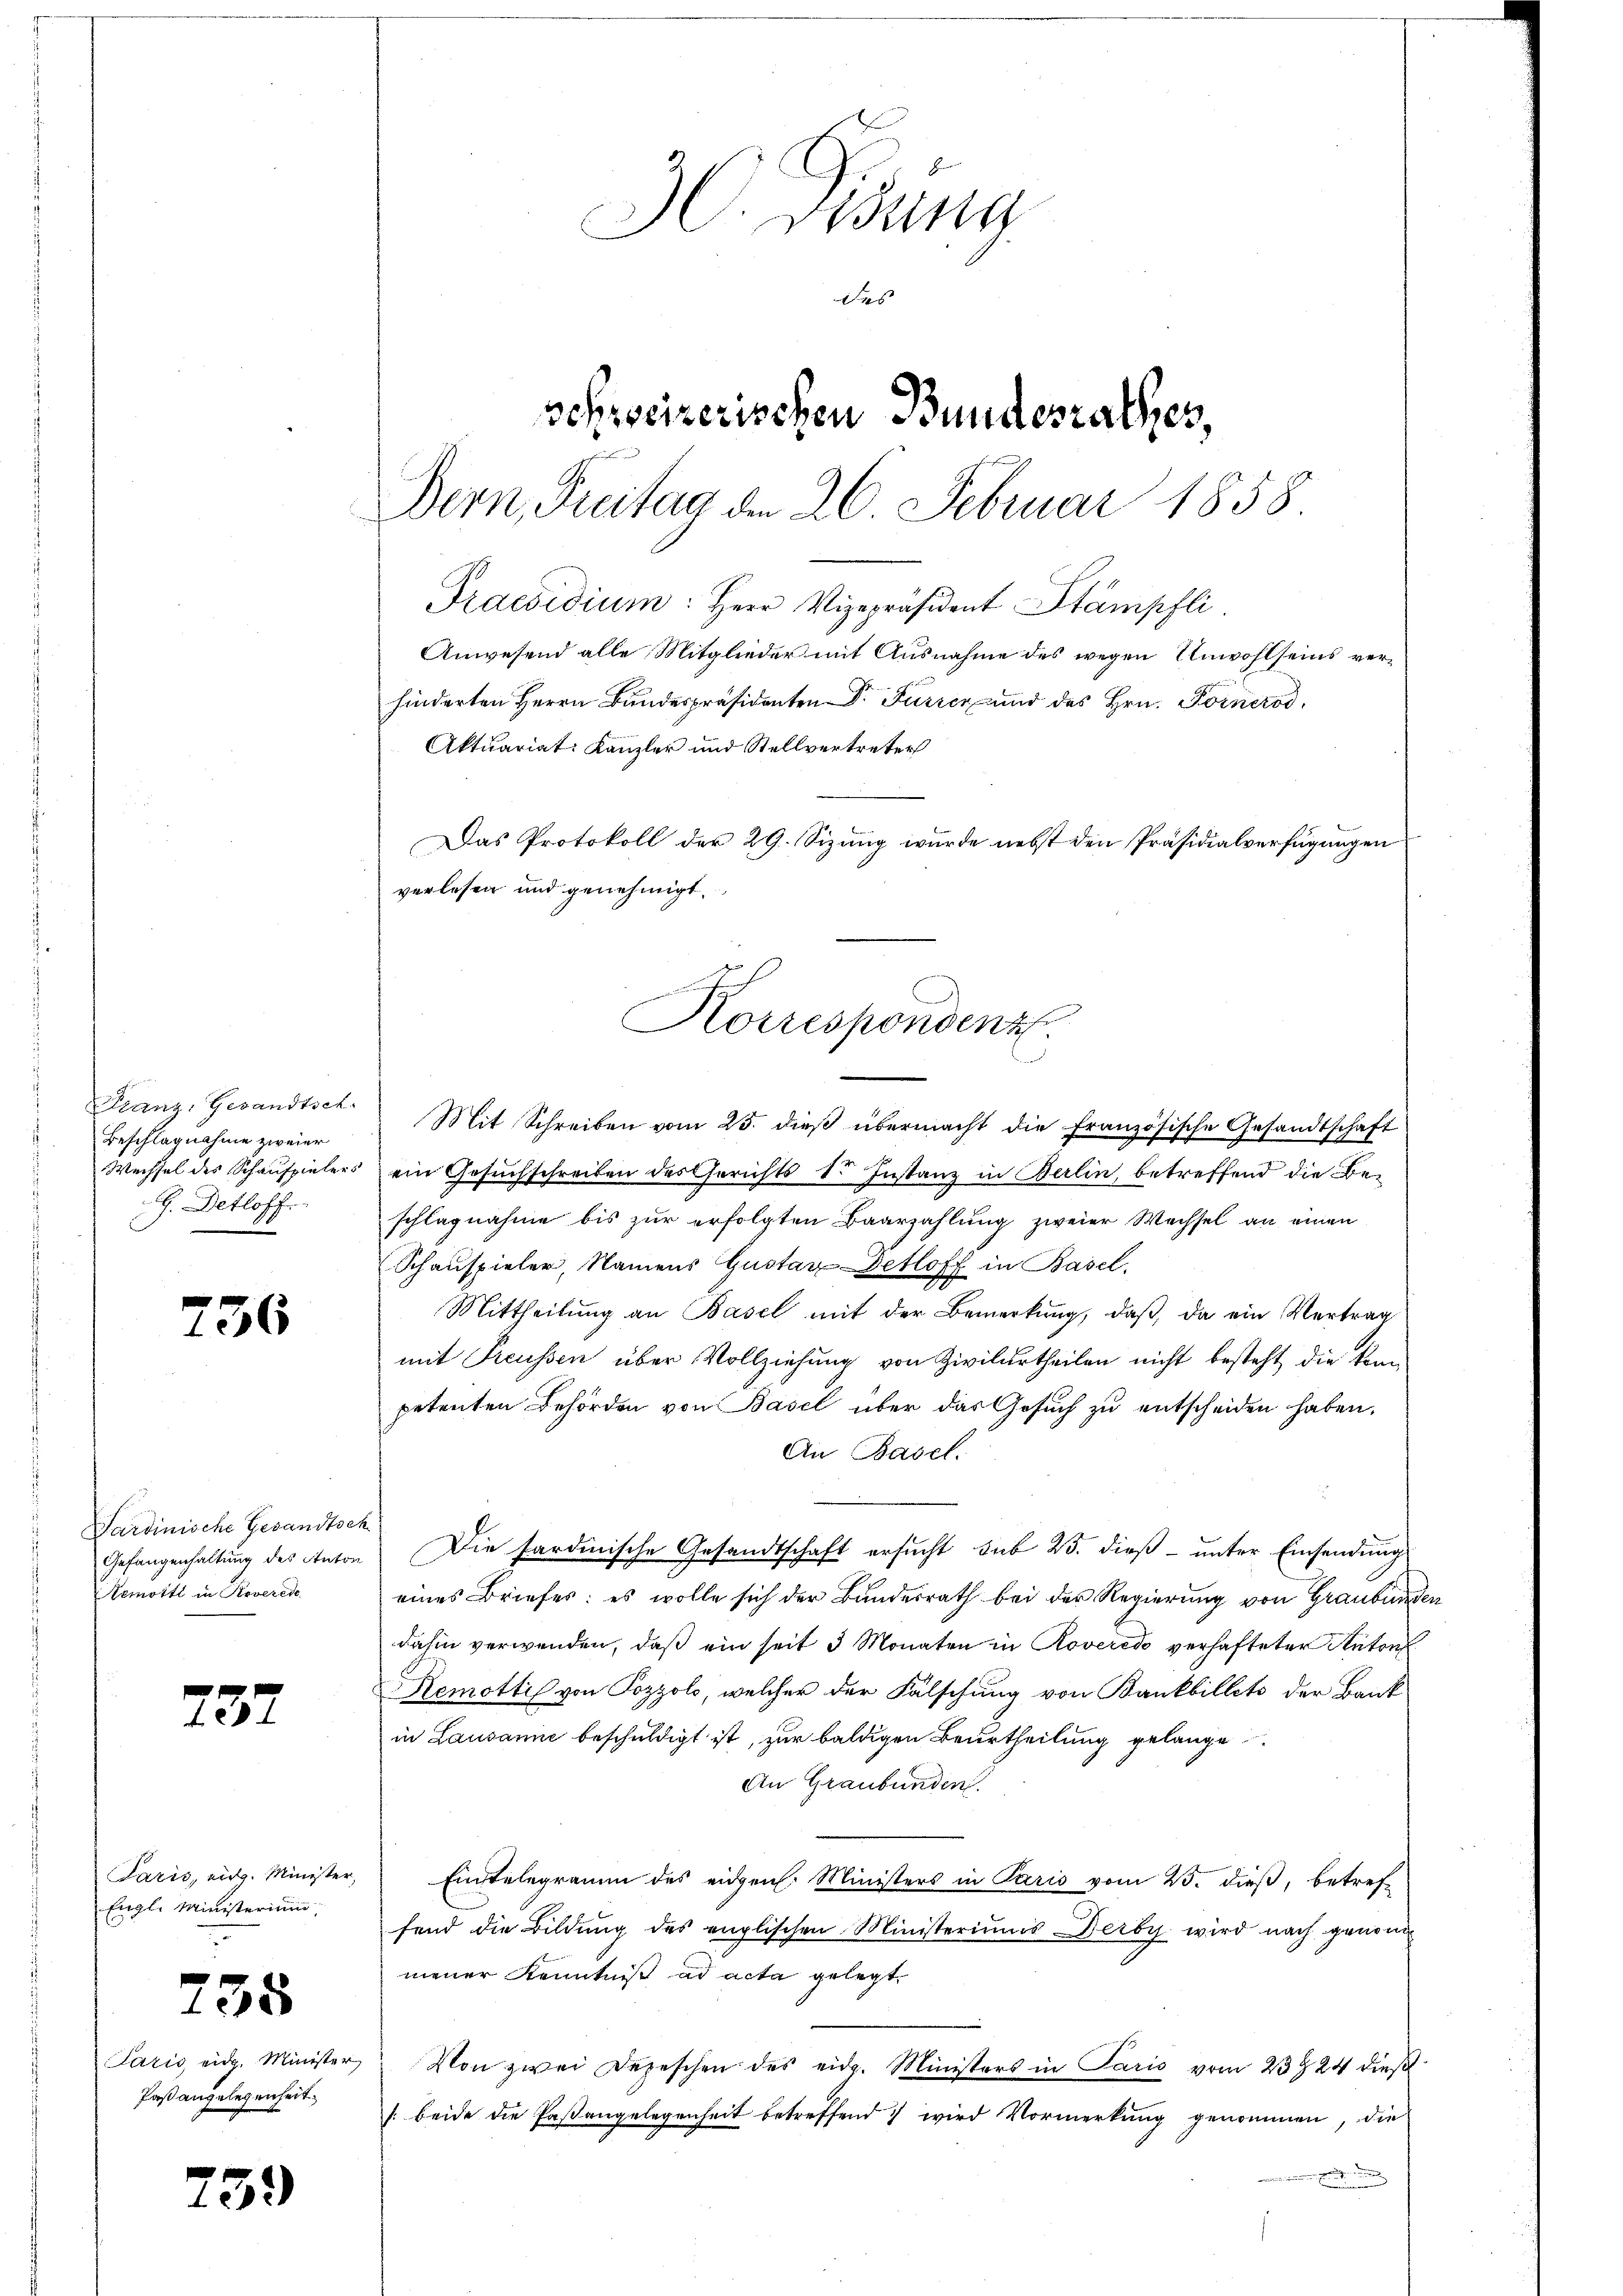
Franz, Gesandtsch.
Beschlagnahme zweier
Wechsel des Schauspieler
G. Detloff.

730

Sardinische Gesandtsch
Remoiti in Roverede

235

Paris, eidg. Minister,
Engl. Ministerium

Paßangelegenheit.

H. Säng
des
schweizerischen Bundesrathes,
Bern, Freitag den 26. Februar 1858
Praesidium: Herr Vizepräsident Stämpfli
Anwesend alle Mitglieder mit Ausnahme des wegen Unwohlseins verhinderten Herrn Bundespräsidenten Dr. Furrer und des Hrn. Fornerod,
Aktuariat: Kanzler und Stellvertreter
Das Protokoll der 29. Sizung wurde nebst den Präsidialverfügungen
verlesen und genehmigt.
Korrespondenz.

735

739

Mit Schreiben vom 25. dieß übermacht die französische Gesandtschaft
 ein Gesuchschreiben des Gerichts dr Instanz in Berlin, betreffend die Beschlagnahme bis zur erfolgten Baarzahlung zweier Wechsel an einen
Schauspieler, Namens Gustav Detloff in Basel,
Mittheilŭng an Basel mit der Bemerkŭng, daβ da ein Vertrag
mit Preussen über Vollziehung von Zivilurtheilen nicht besteht die könn
petenten Behörden von Basel über das Gesuch zu entscheiden haben.
An Basel.
Gefangenhaltŭng des Anton Die Sardinische Gesandtschaft ersŭcht sub 25. dieß unter Einsendung
eines Briefes: es wolle sich der Bundesrath bei der Regierung von Graubünden
dahin verwenden, daß ein seit 3 Monaten in Roveredo verhafteter Antons
Remottis von Pozzolo, welcher der Fälschung von Bankbillets der Bank
in Lausanne beschuldigt ist, zur baldigen Beurtheilung gelange
An Graubünden.
Einstelegramm des eidgen. Ministers in Paris vom 25. dieß, betreffend die Bildung des englischen Ministeriums Derby wird nach genom
mener Kenntniß ad acta gelegt.
Paris eidg. Minister. Von zwei Depeschen des eidg. Ministers in Paris vom 23 24 dieβ
[beide die Paßangelegenheit betreffend wird Vormerkung genommen, die